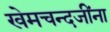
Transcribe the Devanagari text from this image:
खेमचन्दजींना